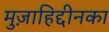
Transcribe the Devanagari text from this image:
मुज़ाहिद्दीनका